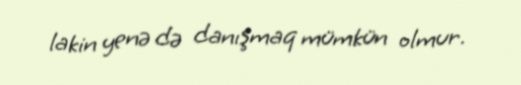
lakin yenə də danışmaq mümkün olmur.